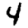
Digit: 4